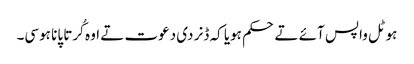
ہوٹل واپس آئے تے حکم ہویا کہ ڈنر دی دعوت تے اوہ کُرتا پانا ہوسی۔